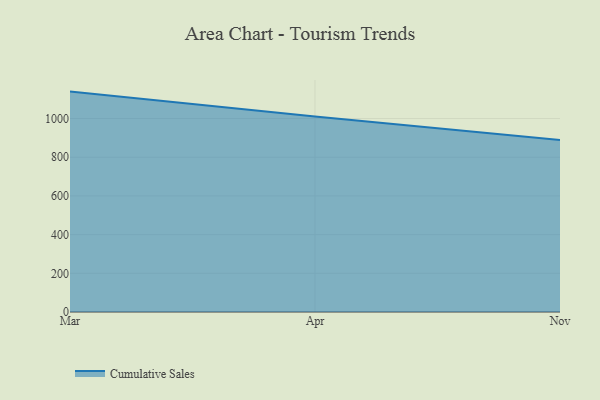
{"axis": {"x": "Month", "y": "Revenue (USD Million)"}, "legend": ["Cumulative Sales"], "data": [{"x": "Mar", "y": 1139.1, "type": "Cumulative Sales"}, {"x": "Apr", "y": 1010.8, "type": "Cumulative Sales"}, {"x": "Nov", "y": 889.0, "type": "Cumulative Sales"}]}